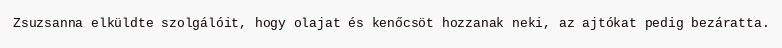
Zsuzsanna elküldte szolgálóit, hogy olajat és kenőcsöt hozzanak neki, az ajtókat pedig bezáratta.